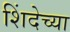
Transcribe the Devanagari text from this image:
शिंदेच्या